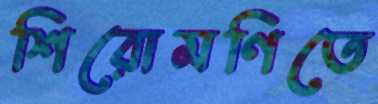
শিরোমণিতে